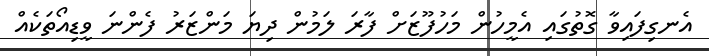
އެނގިފައިވާ ގޮތުގައި އެމީހުން މަހުފޫޒަށް ފާރަ ލަމުން ދިޔަ މަންޒަރު ފެންނަ ވީޑިއޯތަކެއް